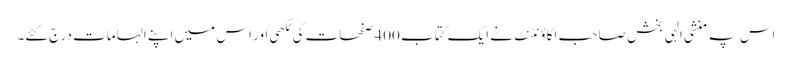
اس پہ منشی الٰہی بخش صاحب اکاؤنٹنٹ نے ایک کتاب 400 صفحات کی لکھی اور اس میں اپنے الہامات درج کئے۔